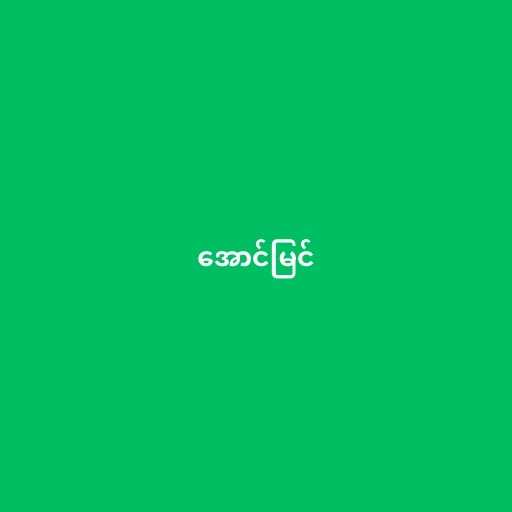
အောင်မြင်